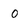
Character: O